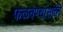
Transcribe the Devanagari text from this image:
फळवण्यासाठी